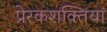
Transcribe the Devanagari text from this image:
प्रेरकशक्तियां